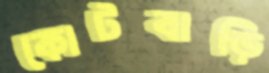
কোটবাড়ি